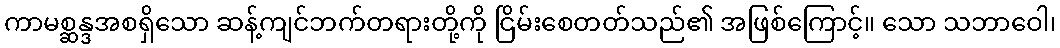
ကာမစ္ဆန္ဒအစရှိသော ဆန့်ကျင်ဘက်တရားတို့ကို ငြိမ်းစေတတ်သည်၏ အဖြစ်ကြောင့်။ သော သဘာဝေါ၊